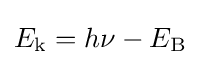
E_{\text{k}}=h\nu -E_{\text{B}}